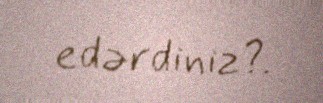
edərdiniz?.